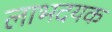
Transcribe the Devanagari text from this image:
लाभदयक